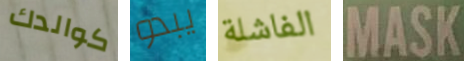
كوالدك يبدو الفاشلة MASK